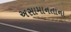
અસામાનતાના